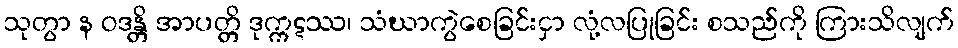
သုတွာ န ဝဒန္တိ အာပတ္တိ ဒုက္ကဋဿ၊ သံဃာကွဲစေခြင်းငှာ လုံ့လပြုခြင်း စသည်ကို ကြားသိလျက်